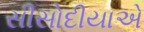
સીસોદીયાએ